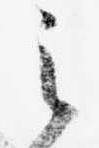
之